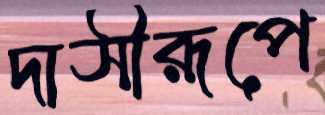
দাসীরূপে